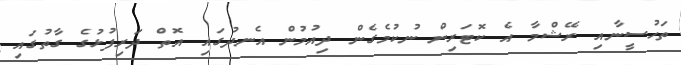
ތަހުސީނާއި ރޭޝްމާ އެ ކޮޓަރިން ނުކުމެގެން ދިއުމުން އެނދުގައި އޮތް ދަރިފުޅުގެ ގާތުގައި